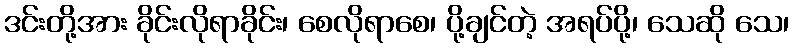
ဒင်းတို့အား ခိုင်းလိုရာခိုင်း၊ စေလိုရာစေ၊ ပို့ချင်တဲ့ အရပ်ပို့၊ သေဆို သေ၊